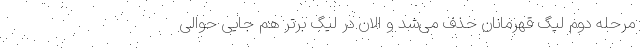
مرحله دوم لیگ قهرمانان حذف می‌شد و الان در لیگ برتر هم جایی حوالی